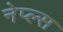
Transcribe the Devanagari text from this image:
नेप्ल्स